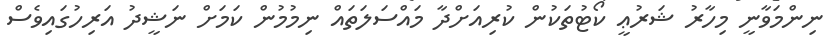
ނިންމަވާނީ މިހާރު ޝަރުޢީ ކޯޓުތަކުން ކުރިއަށްދާ މައްސަލަތައް ނިމުމުން ކަމަށް ނަޝީދު އަރިހުގައިވެސް